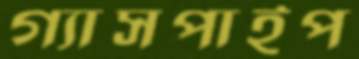
গ্যাসপাইপ